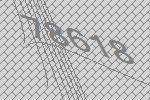
78618